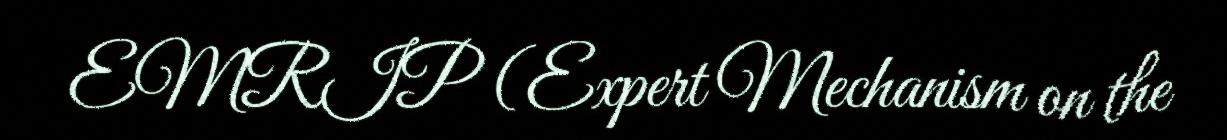
EMRIP (Expert Mechanism on the